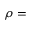
\rho =